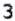
3